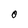
Character: 0